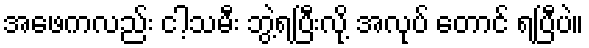
အဖေကလည်း ငါ့သမီး ဘွဲ့ရပြီးလို့ အလုပ် တောင် ရပြီပဲ။